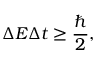
\Delta E \Delta t \geq { \frac { \hbar } { 2 } } ,